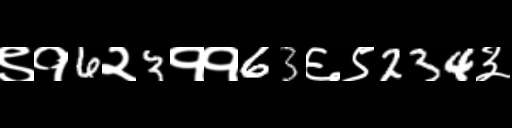
Text: ९१6२3११63६९234३